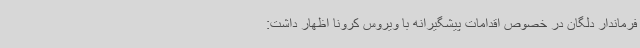
فرماندار دلگان در خصوص اقدامات پیشگیرانه با ویروس کرونا اظهار داشت: